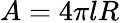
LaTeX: A=4\pi lR